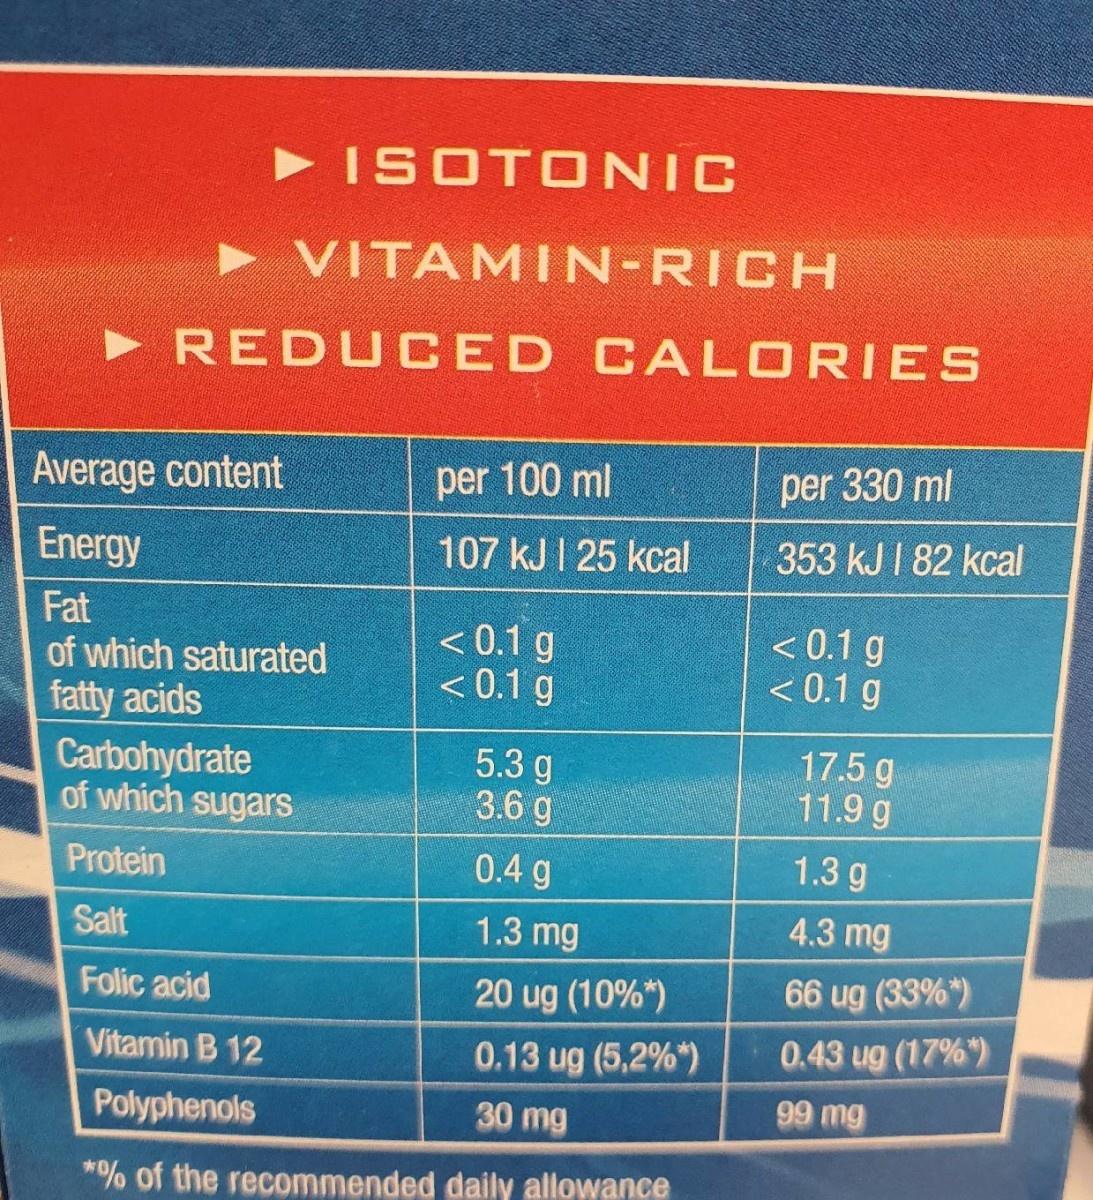
> ISOTONIC
► VITAMIN-RICH
► REDU CED CALORIES
Average content
per 100 ml
per 330 ml
Energy
107 kJI 25 kcal
353 kJ I 82 kcal
Fat of which saturated fatty acids Carbohydrate of which sugars
< 0.1 g <0.1 g
< 0.1 g < 0.1 g
5.3 g 3.6 g
17.5 g 11.9 g
Protein
0.4 g
1.3 g
Salt
1.3 mg
4.3 mg
Folic acid
20 ug (10%*)
66 ug (33%")
Vitamin B 12
0.13 ug (5,2%*)
0.43 ug (17%)
Polyphenols
30 mg
99 mg
*% of the recommended daily allowance